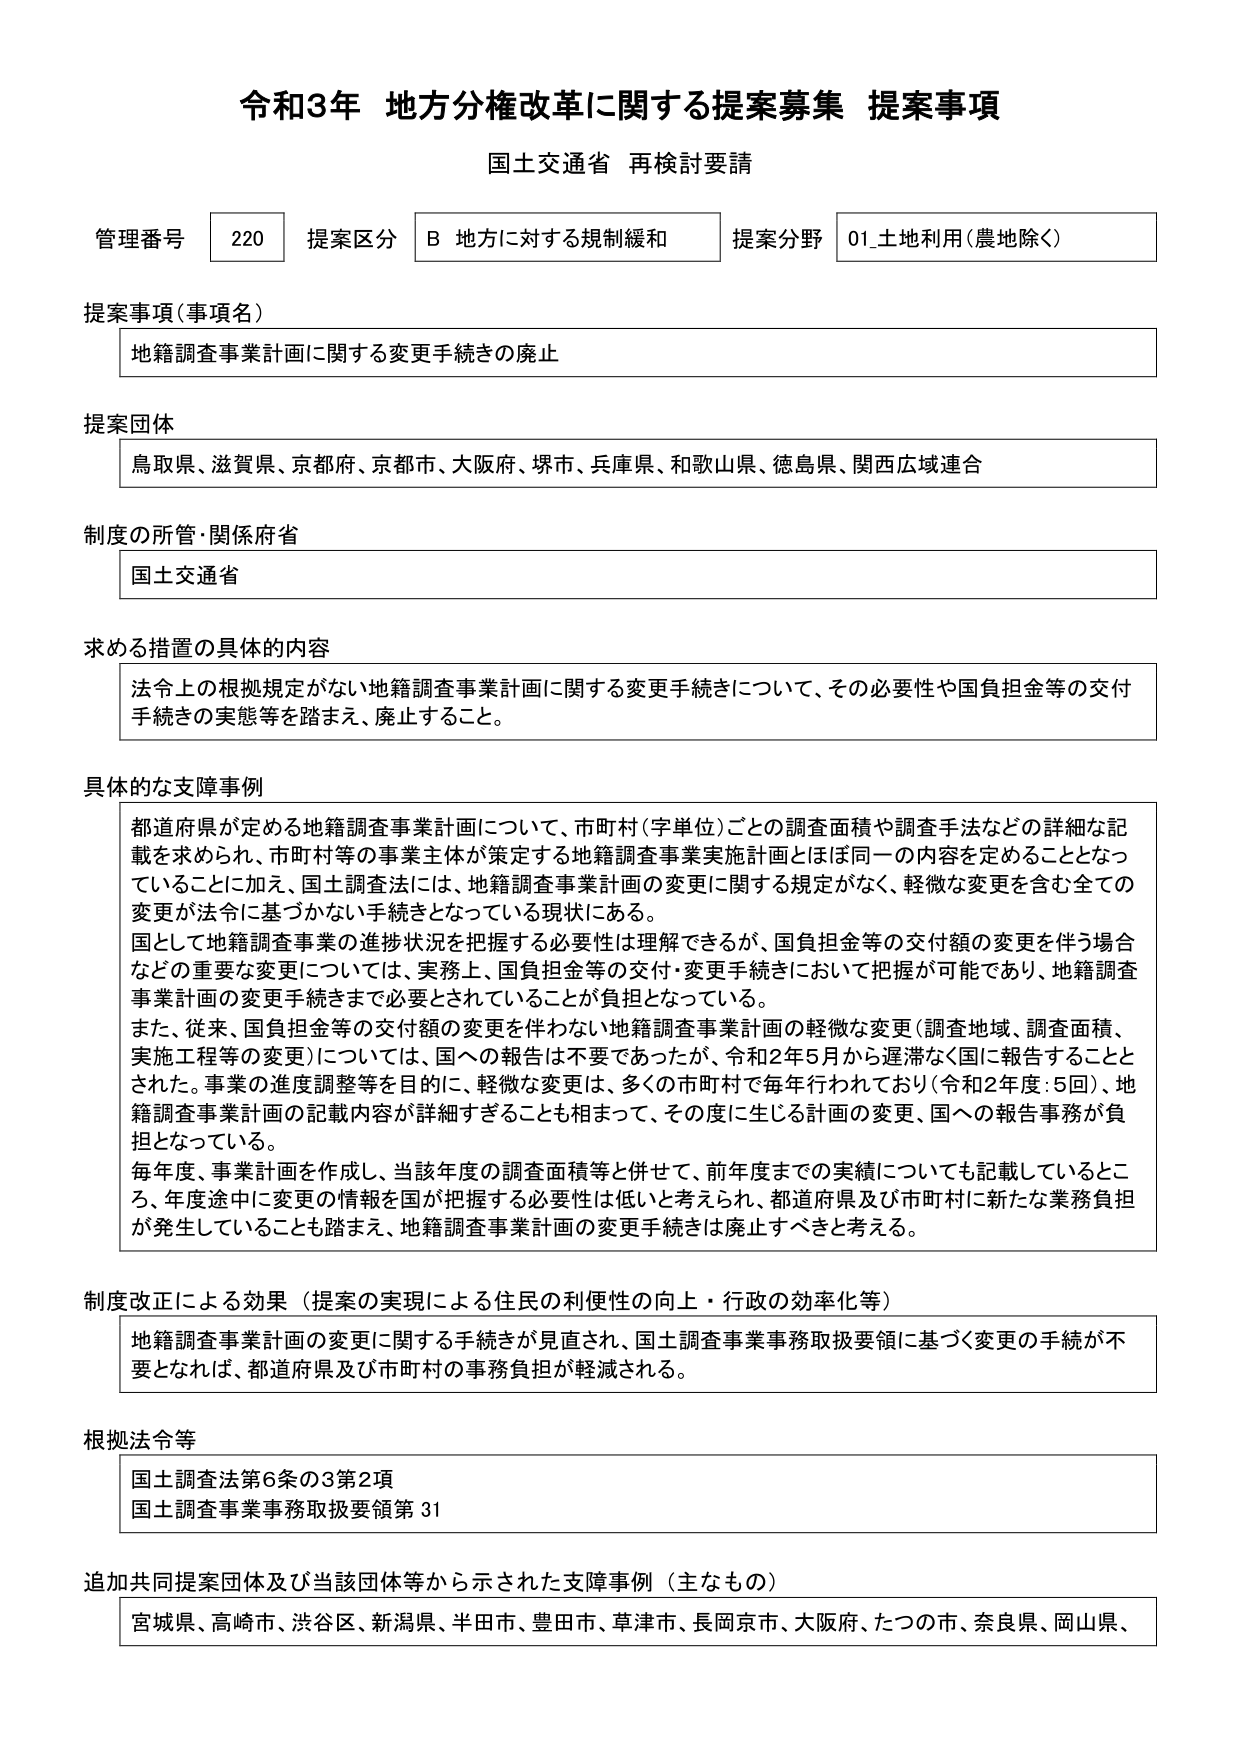
令和3年 地方分権改革に関する提案募集 提案事項
国土交通省 再検討要請

管理番号 220 提案区分 B 地方に対する規制緩和 提案分野 01_土地利用（農地除く）

提案事項（事項名）
地籍調査事業計画に関する変更手続きの廃止

提案団体
鳥取県、滋賀県、京都府、京都市、大阪府、堺市、兵庫県、和歌山県、徳島県、関西広域連合

制度の所管・関係府省
国土交通省

求める措置の具体的内容
法令上の根拠規定がない地籍調査事業計画に関する変更手続きについて、その必要性や国負担金等の交付手続きの実態等を踏まえ、廃止すること。

具体的な支障事例
都道府県が定める地籍調査事業計画について、市町村（字単位）ごとの調査面積や調査手法などの詳細な記載を求められ、市町村等の事業主体が策定する地籍調査事業実施計画とほぼ同一の内容を定めることとなっていることに加え、国土調査法には、地籍調査事業計画の変更に関する規定がなく、軽微な変更を含む全ての変更が法令に基づかない手続きとなっている現状にある。
国として地籍調査事業の進捗状況を把握する必要性は理解できるが、国負担金等の交付額の変更を伴う場合などの重要な変更については、実務上、国負担金等の交付・変更手続きにおいて把握が可能であり、地籍調査事業計画の変更手続きまで必要とされていることが負担となっている。
また、従来、国負担金等の交付額の変更を伴わない地籍調査事業計画の軽微な変更（調査地域、調査面積、実施工程等の変更）については、国への報告は不要であったが、令和2年5月から遅滞なく国に報告することとされた。事業の進度調整等を目的に、軽微な変更は、多くの市町村で毎年行われており（令和2年度：5回）、地籍調査事業計画の記載内容が詳細すぎることも相まって、その度に生じる計画の変更、国への報告事務が負担となっている。
毎年度、事業計画を作成し、当該年度の調査面積等と併せて、前年度までの実績についても記載しているところ、年度途中に変更の情報を国が把握する必要性は低いと考えられ、都道府県及び市町村に新たな業務負担が発生していることも踏まえ、地籍調査事業計画の変更手続きは廃止すべきと考える。

制度改正による効果（提案の実現による住民の利便性の向上・行政の効率化等）
地籍調査事業計画の変更に関する手続きが見直され、国土調査事業事務取扱要領に基づく変更の手続が不要となれば、都道府県及び市町村の事務負担が軽減される。

根拠法令等
国土調査法第6条の3第2項
国土調査事業事務取扱要領第31

追加共同提案団体及び当該団体等から示された支障事例（主なもの）
宮城県、高崎市、渋谷区、新潟県、半田市、豊田市、草津市、長岡京市、大阪府、たつの市、奈良県、岡山県、